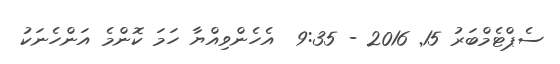
ސެޕްޓެމްބަރު 15